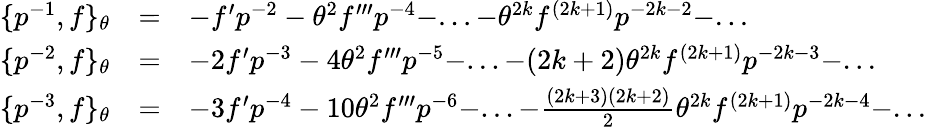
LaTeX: \begin{array}{lcl}{{\{ p^{-1},f\} _{\theta}}}&{{=}}&{{-f^{\prime}p^{-2}-{\theta}^{2}f^{\prime\prime\prime}p^{-4}-...-{\theta}^{2k}f^{(2k+1)}p^{-2k-2}-...}}\\ {{\{ p^{-2},f\} _{\theta}}}&{{=}}&{{-2f^{\prime}p^{-3}-4{\theta}^{2}f^{\prime\prime\prime}p^{-5}-...-(2k+2){\theta}^{2k}f^{(2k+1)}p^{-2k-3}-...}}\\ {{\{ p^{-3},f\} _{\theta}}}&{{=}}&{{-3f^{\prime}p^{-4}-10{\theta}^{2}f^{\prime\prime\prime}p^{-6}-...-\frac{(2k+3)(2k+2)}{2}{\theta}^{2k}f^{(2k+1)}p^{-2k-4}-...}}\end{array}